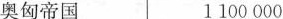
奥匈帝国1100000